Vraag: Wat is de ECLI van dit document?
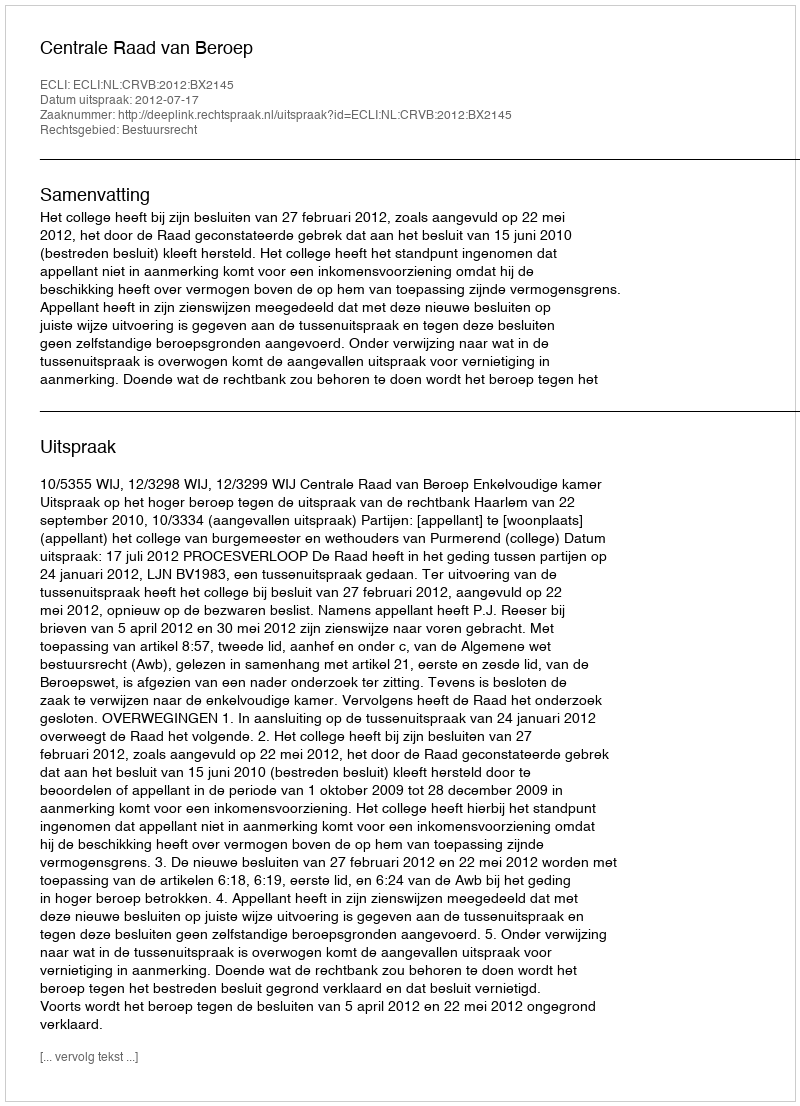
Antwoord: ECLI:NL:CRVB:2012:BX2145